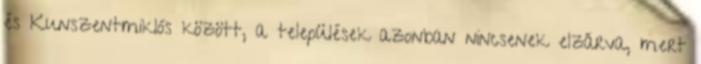
és Kunszentmiklós között, a települések azonban nincsenek elzárva, mert